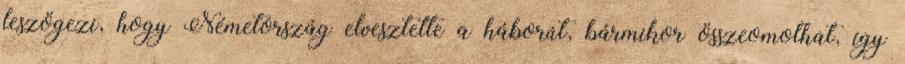
leszögezi, hogy Németország elvesztette a háborút, bármikor összeomolhat, így